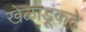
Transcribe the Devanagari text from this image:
खेळाडूंकढे